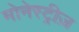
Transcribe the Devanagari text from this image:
मोनेस्ट्रीज़